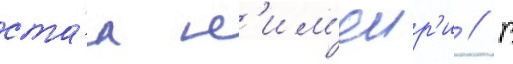
ста́л н'им'еир'и // В